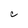
Character: C